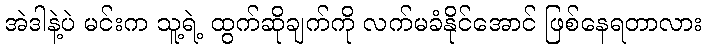
အဲဒါနဲ့ပဲ မင်းက သူ့ရဲ့ ထွက်ဆိုချက်ကို လက်မခံနိုင်အောင် ဖြစ်နေရတာလား